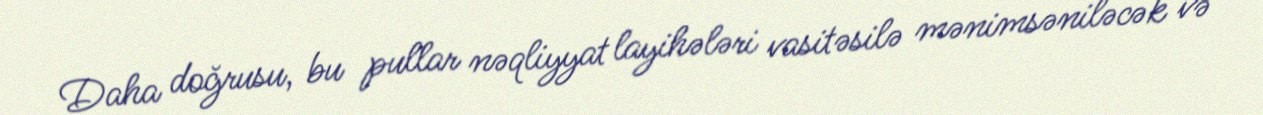
Daha doğrusu, bu pullar nəqliyyat layihələri vasitəsilə mənimsəniləcək və